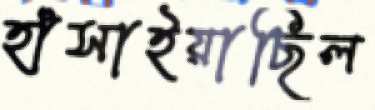
হাঁসাইয়াছিল